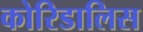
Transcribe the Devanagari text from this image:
कोरिडालिस